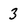
Character: 3